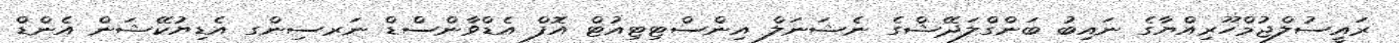
ރައީސުލްޖުމްހޫރިއްޔާގެ ނައިބު ބަންގްލަދޭޝްގެ ނެޝަނަލް އިންސްޓިޓިއުޓް އޮފް އެޑްވާންސްޑް ނަރސިންގ އެޑިޔުކޭޝަން އެންޑް